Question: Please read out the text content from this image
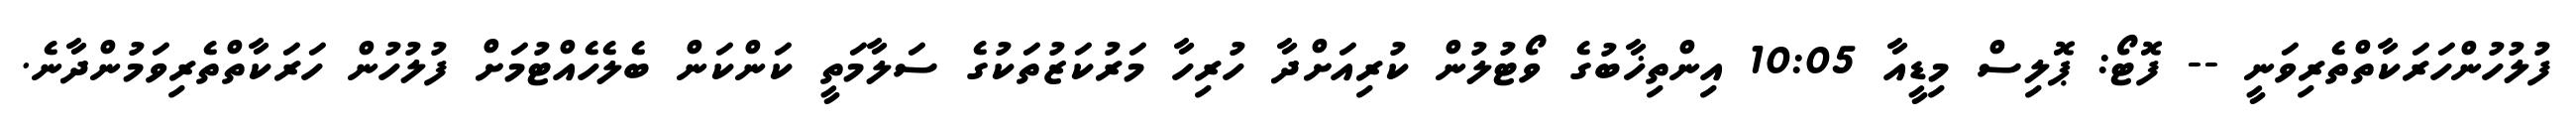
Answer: ފުލުހުންހަރަކާތްތެރިވަނީ -- ފޮޓޯ: ޕޮލިސް މިޑީއާ 10:05 އިންތިޚާބުގެ ވޯޓުލުން ކުރިއަށްދާ ހުރިހާ މަރުކަޒުތަކުގެ ސަލާމަތީ ކަންކަން ބެލެހެއްޓުމަށް ފުލުހުން ހަރަކާތްތެރިވަމުންދާނެ.